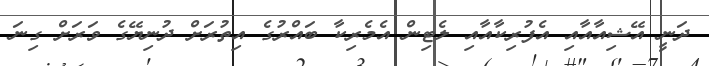
ދަނީ އޭޝިއާއާއި އެފުރިކާއާއި ލެޓިން އެމެރިކާ ބައްރުގެ އިތުރަށް ދުނިޔޭގެ ވަރަށް ގިނަ